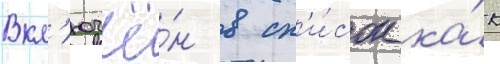
Вкл'ючё́н в сп'и́сок ка́к